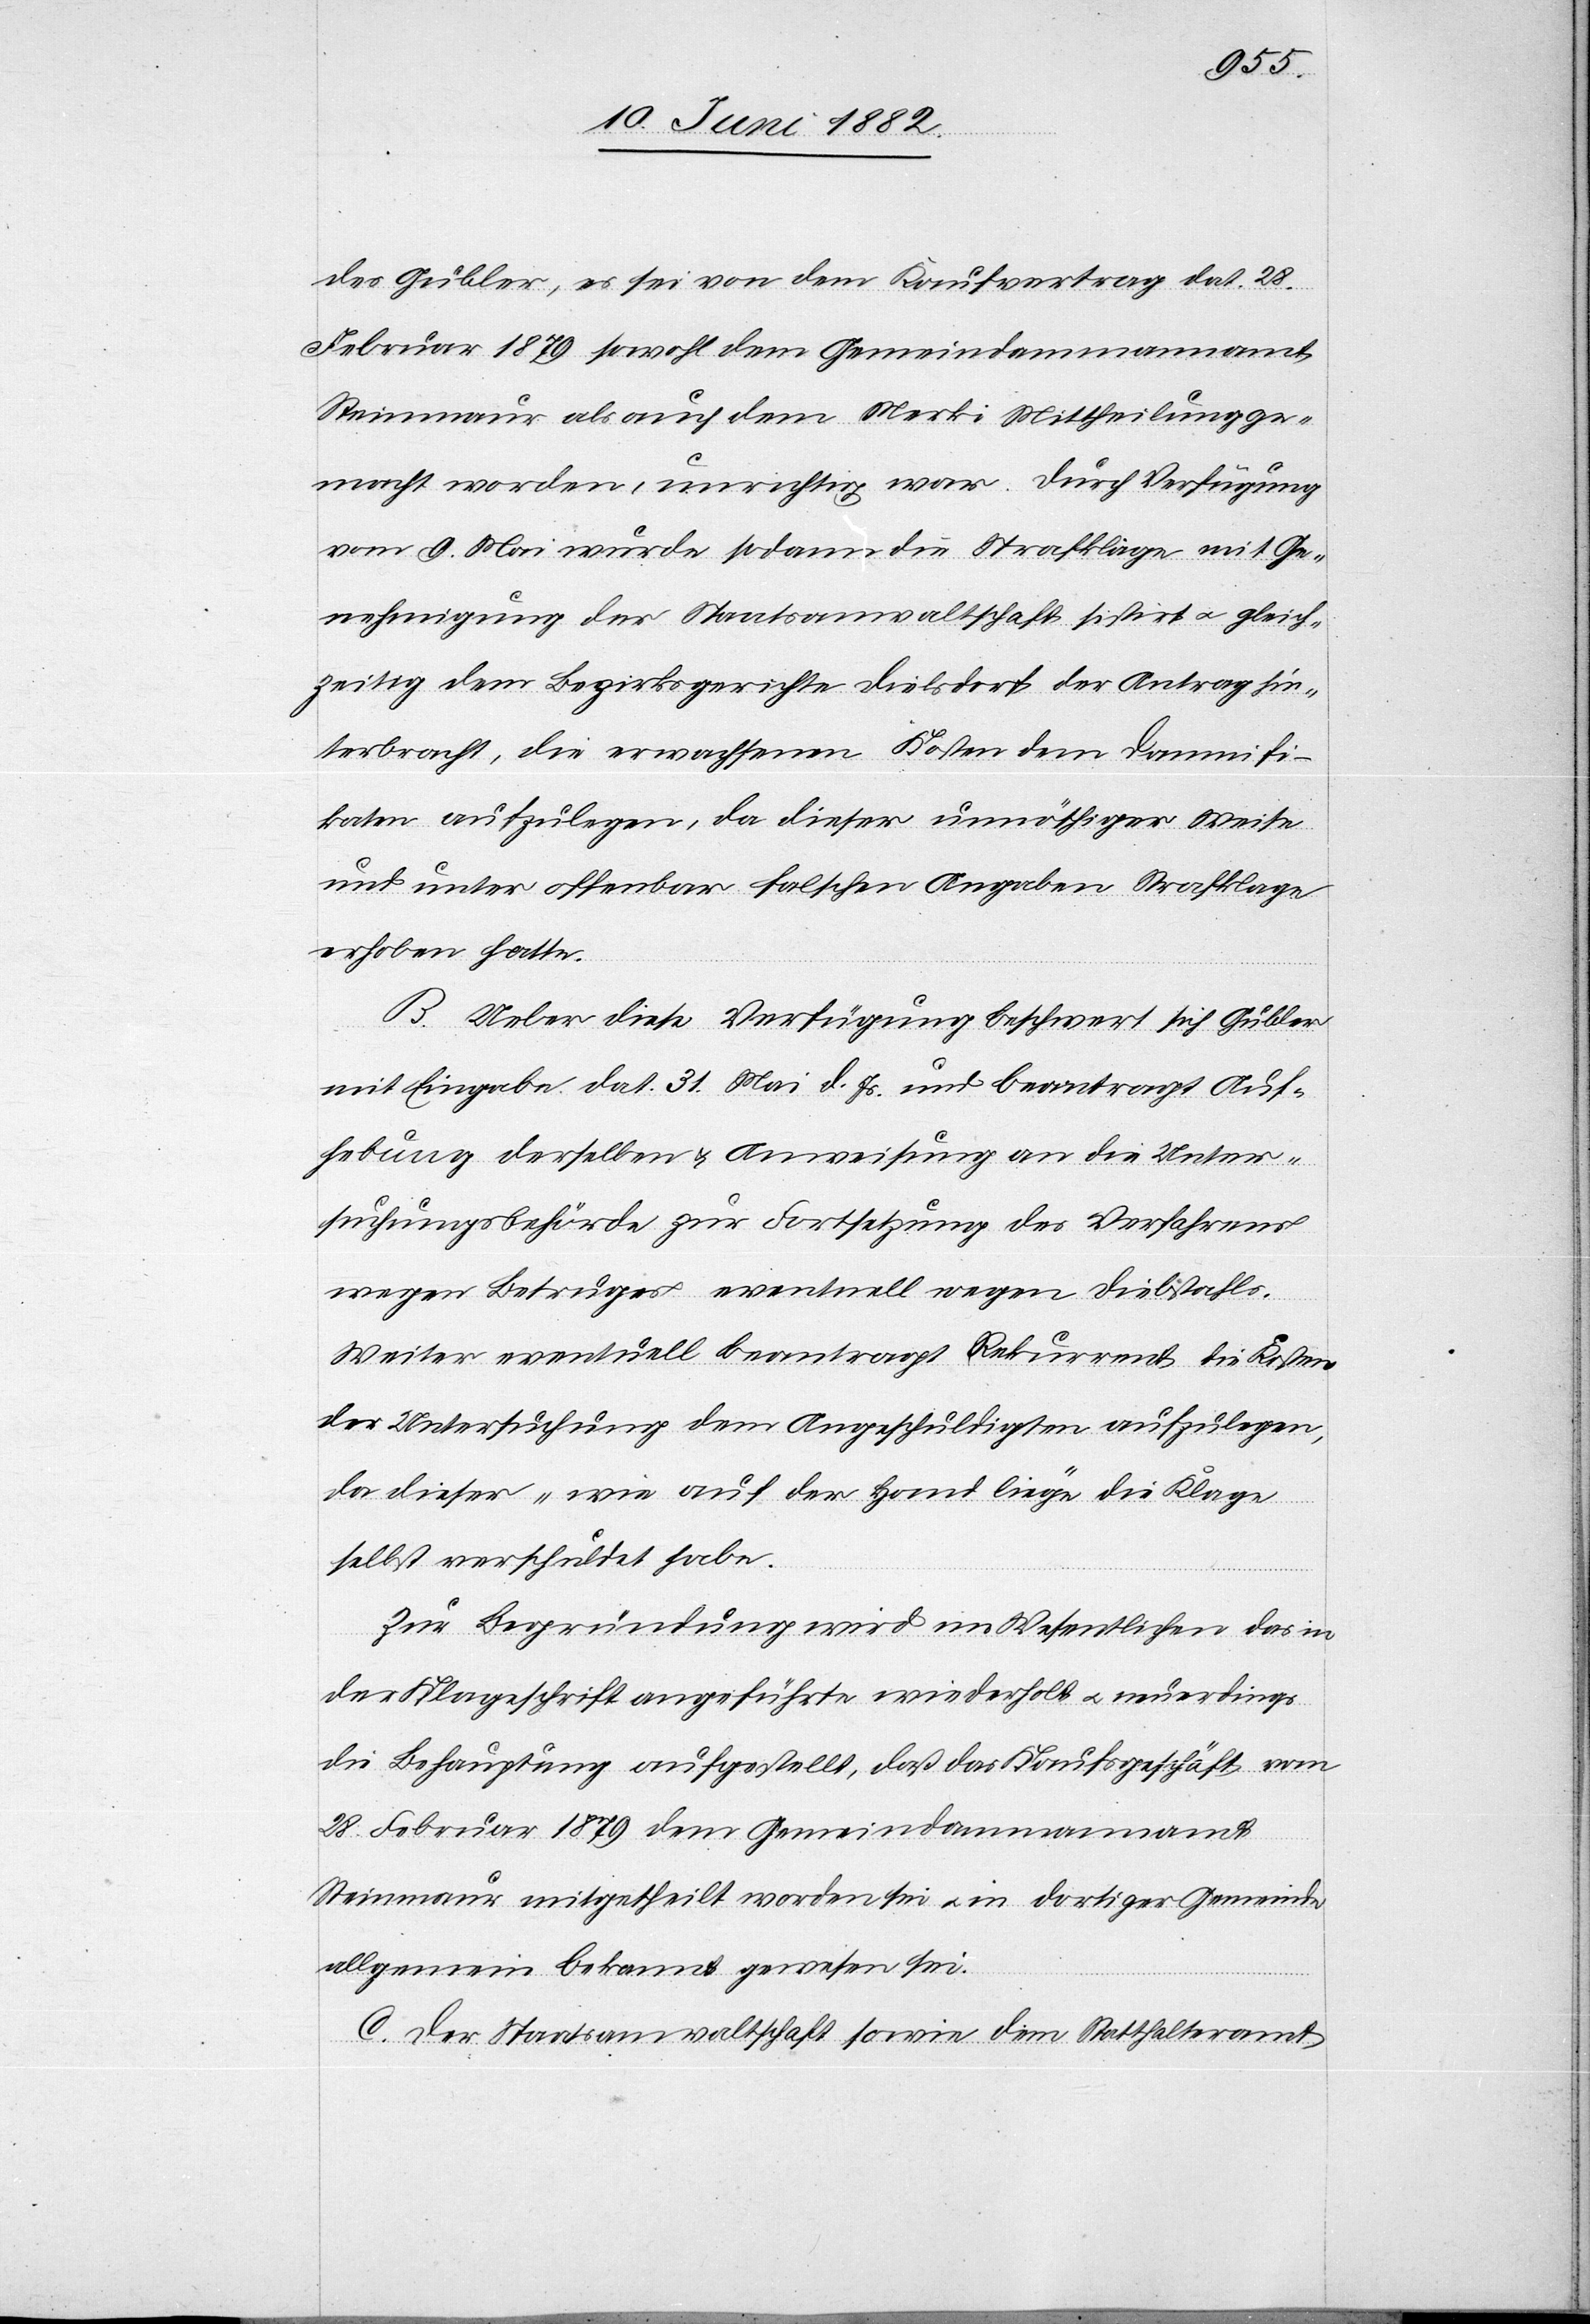
des Gubler, es sei von dem Kaufvertrag dat. 28.
Februar 1879 sowohl dem Gemeindammannamt
Steinmaur als auch dem Merki Mittheilung ge¬
macht worden, unrichtig war. Durch Verfügung
vom 9. Mai wurde sodann die Strafklage mit Ge¬
nehmigung der Staatsanwaltschaft sistirt u. gleich¬
zeitig dem Bezirksgerichte Dielsdorf der Antrag hin¬
terbracht, die erwachsenen Kosten dem Damnifi¬
katen aufzulegen, da dieser unnöthiger Weise
und unter offenbar falschen Angaben Strafklage
erhoben hatte.
B. Ueber diese Verfügung beschwert sich Gubler
mit Eingabe dat. 31. Mai d. Js. und beantragt Auf¬
hebung derselben & Anweisung an die Unter¬
suchungsbehörde zur Fortsetzung des Verfahrens
wegen Betruges eventuell wegen Diebstahls.
Weiter eventuell beantragt Rekurrent die Kosten
der Untersuchung dem Angeschuldigten aufzulegen,
da dieser „wie auf der Hand liege“ die Klage
selbst verschuldet habe.
Zur Begründung wird im Wesentlich das in
der Klageschrift angeführte wiederholt u. neuerdings
die Behauptung aufgestellt, daß das Kaufsgeschäft vom
28. Februar 1879 dem Gemeindammannamt
Steinmaur mitgetheilt worden sei u. in dortige Gemeinde
allgemein bekannt gewesen sei.
C. Der Staatsanwaltschaft sowie dem Statthalteramt